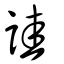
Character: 詿